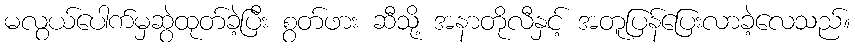
မလွယ်ပေါက်မှဆွဲထုတ်ခဲ့ပြီး စွတ်ဖား ဆီသို့ အနာတိုလီနှင့် အတူပြန်ပြေးလာခဲ့လေသည်။